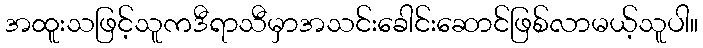
အထူးသဖြင့်သူကဒီရာသီမှာအသင်းခေါင်းဆောင်ဖြစ်လာမယ့်သူပါ။